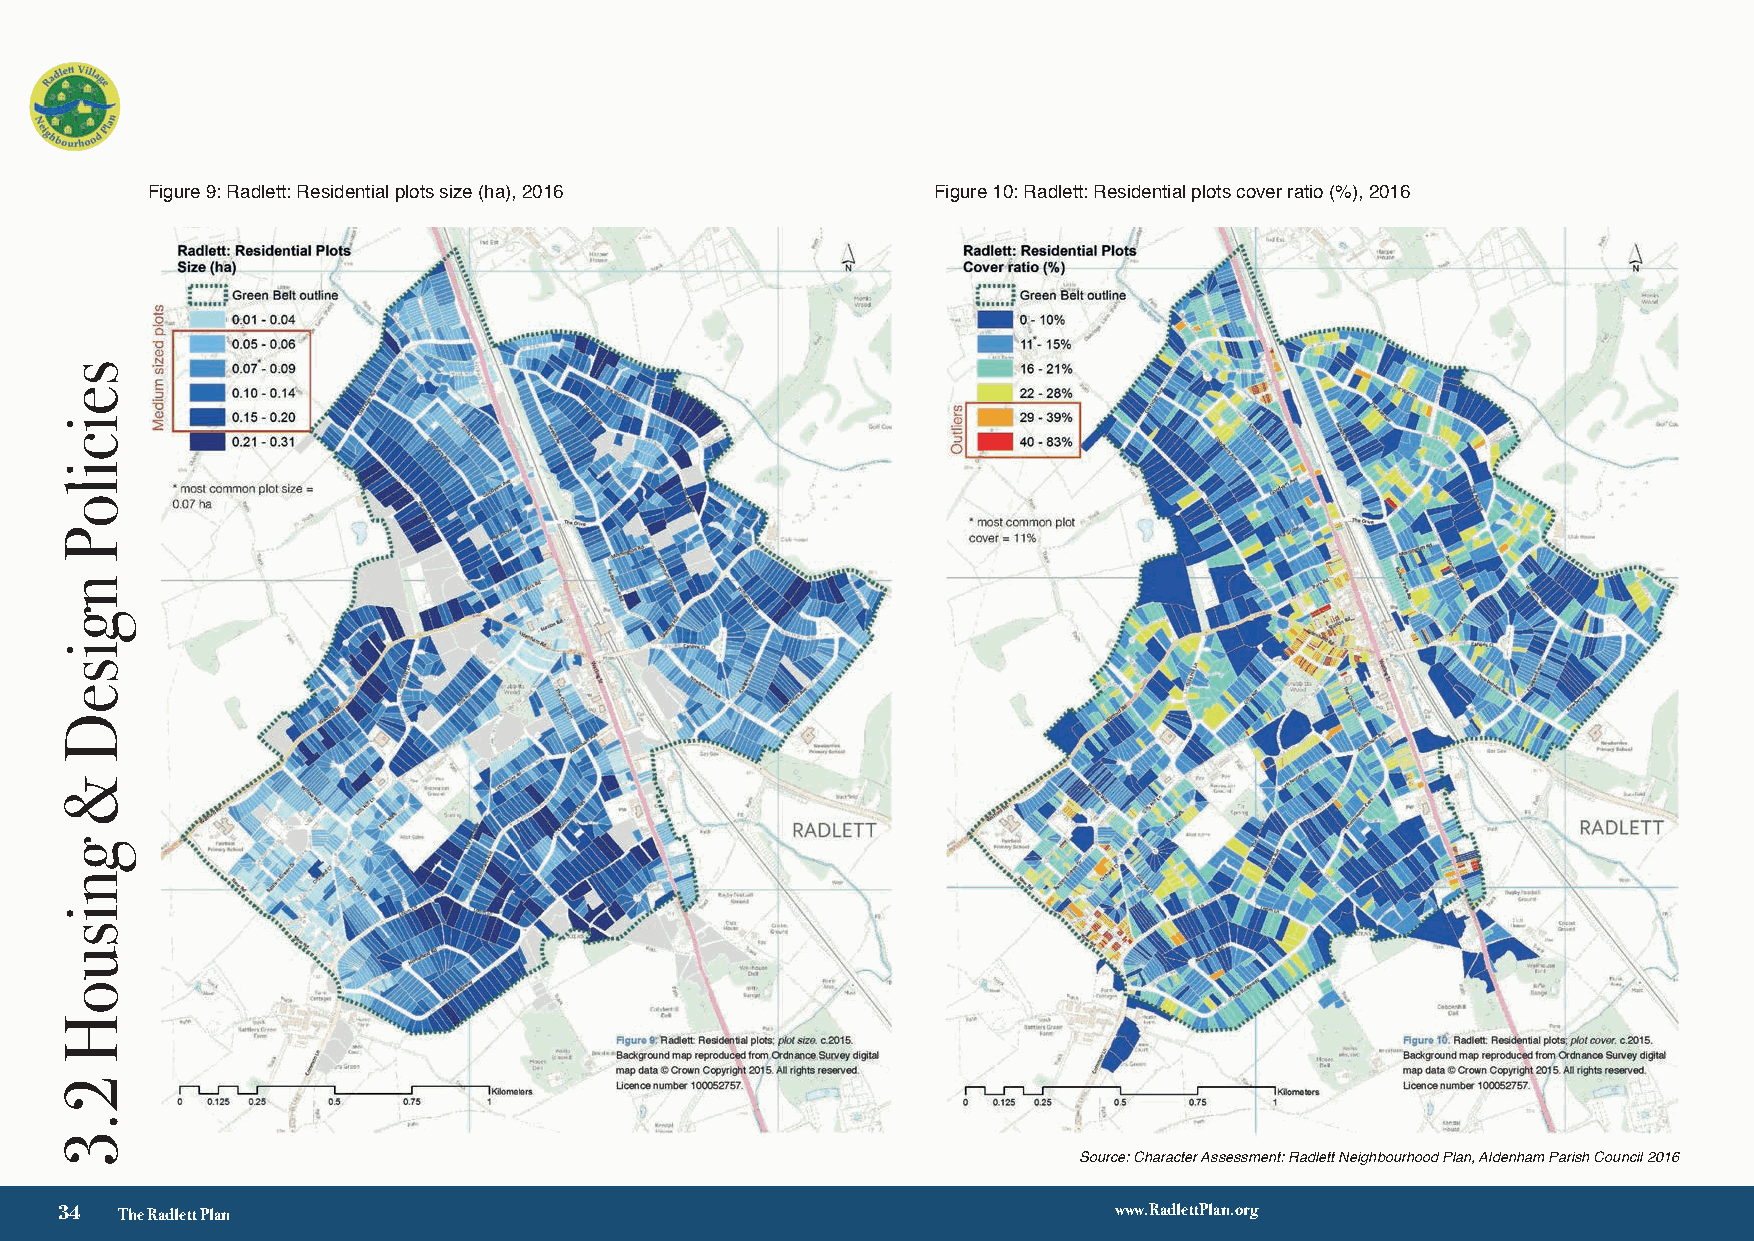
Figure 9: Radlett: Residential plots size (ha), 2016 Figure 10: Radlett: Residential plots cover ratio (%), 2016
 Figure 12: Radlett: Residential plots side distance to
 boundaries (m) (for ground floor)
 Source: Character Assessment: Radlett Neighbourhood Plan, Aldenham Parish Council 2016
 √ 3
 34  The Radlett Plan                                                  www.RadlettPlan.org
 seiciloP
 ngiseD
 &
 gnisuoH
 2.3